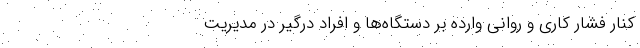
کنار فشار کاری و روانی وارده بر دستگاه‌ها و افراد درگیر در مدیریت